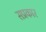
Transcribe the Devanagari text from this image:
सप्रकार